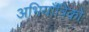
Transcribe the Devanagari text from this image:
अभियाँत्रिकों